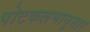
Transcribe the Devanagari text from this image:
पोटकलमानुसार